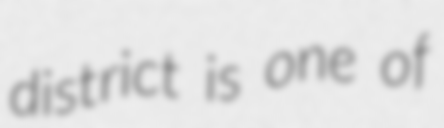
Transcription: district is one of